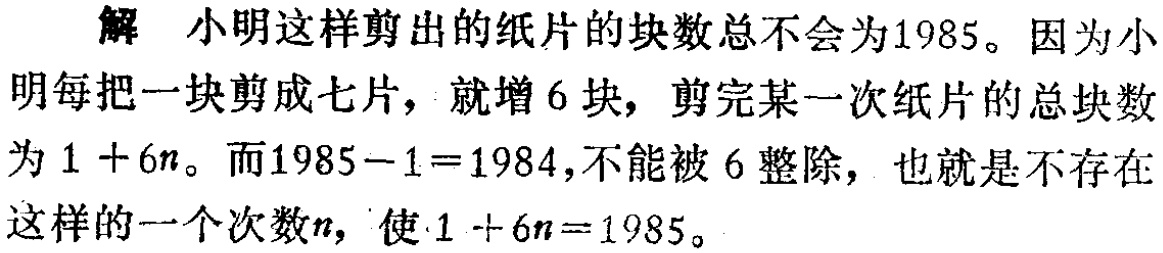
解 小明这样剪出的纸片的块数总不会为1985。因为小明每把一块剪成七片，就增6块，剪完某一次纸片的总块数为\(1 + 6n\)。而\(1985 - 1 = 1984\)，不能被6整除，也就是不存在这样的一个次数\(n\)，使\(1 + 6n = 1985\)。